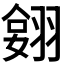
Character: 𦑔